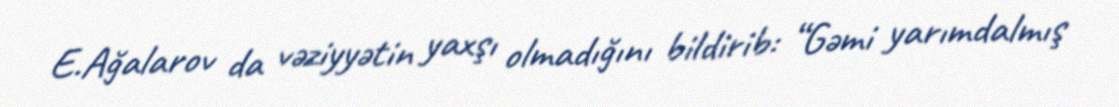
E.Ağalarov da vəziyyətin yaxşı olmadığını bildirib: “Gəmi yarımdalmış